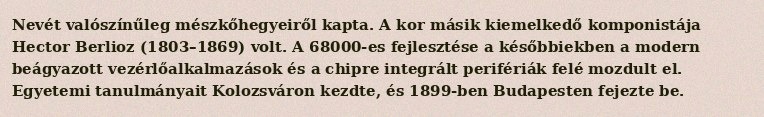
Nevét valószínűleg mészkőhegyeiről kapta. A kor másik kiemelkedő komponistája Hector Berlioz (1803–1869) volt. A 68000-es fejlesztése a későbbiekben a modern beágyazott vezérlőalkalmazások és a chipre integrált perifériák felé mozdult el. Egyetemi tanulmányait Kolozsváron kezdte, és 1899-ben Budapesten fejezte be.